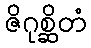
ဇိဂုစ္ဆိတံ